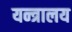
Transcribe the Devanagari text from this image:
यन्त्रालय